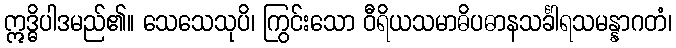
ဣဒ္ဓိပါဒမည်၏။ သေသေသုပိ၊ ကြွင်းသော ဝီရိယသမာဓိပဓာနသင်္ခါရသမန္နာဂတံ၊